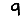
Digit: 9